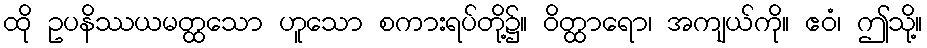
ထို ဥပနိဿယမတ္ထသော ဟူသော စကားရပ်တို့၌။ ဝိတ္ထာရော၊ အကျယ်ကို။ ဧဝံ၊ ဤသို့။